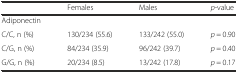
|  | Females | Males | p-value |
 | --- | --- | --- | --- |
 | Adiponectin |  |  |  |
 | C/C, n (%) | 130/234 (55.6) | 133/242 (55.0) | p = 0.90 |
 | C/G, n (%) | 84/234 (35.9) | 96/242 (39.7) | p = 0.40 |
 | G/G, n (%) | 20/234 (8.5) | 13/242 (17.8) | p = 0.17 |